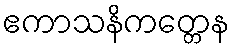
ဧကာသနိကတ္တေန